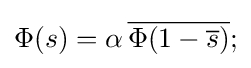
\Phi (s)=\alpha \,{\overline {\Phi (1-{\overline {s}})}};